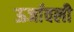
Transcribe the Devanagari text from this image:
ऊर्जावली